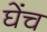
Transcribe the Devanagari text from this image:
घेंच